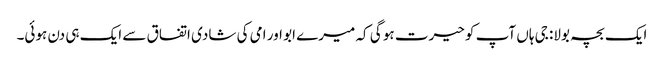
ایک بچہ بولا: جی ہاں آپ کو حیرت ہو گی کہ میرے ابو اور امی کی شادی اتفاق سے ایک ہی دن ہوئی۔